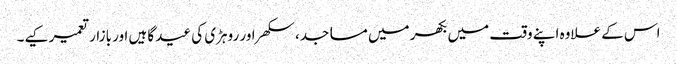
اس کے علاوہ اپنے وقت میں بکھر میں مساجد، سکھر اور روہڑی کی عید گاہیں اور بازار تعمیر کیے۔